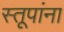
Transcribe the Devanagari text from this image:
स्तूपांना